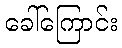
ခေါ်ကြောင်း